Observations on rabies - Number 36
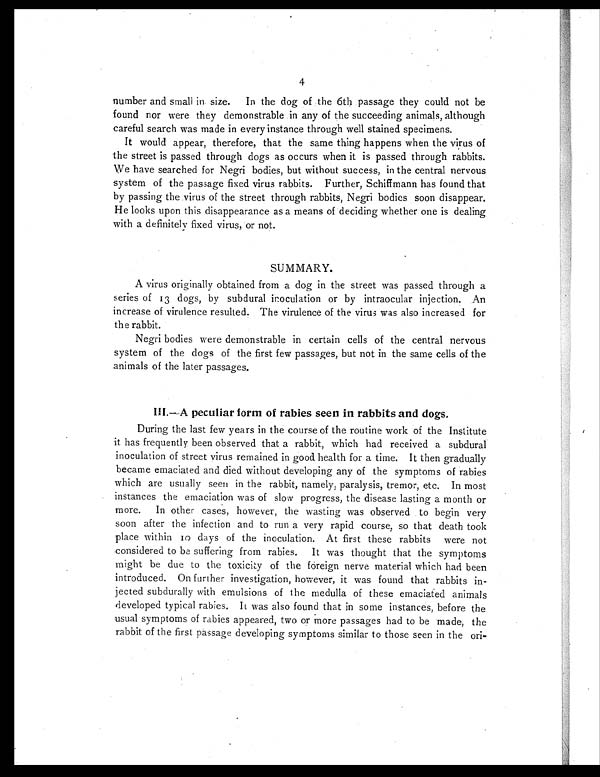
4
number and small in size. In the dog of the 6th passage they could not be
found nor were they demonstrable in any of the succeeding animals, although
careful search was made in every instance through well stained specimens.
It would appear, therefore, that the same thing happens when the virus of
the street is passed through dogs as occurs when it is passed through rabbits.
We have searched for Negri bodies, but without success, in the central nervous
system of the passage fixed virus rabbits. Further, Schiffmann has found that
by passing the virus of the street through rabbits, Negri bodies soon disappear.
He looks upon this disappearance as a means of deciding whether one is dealing
with a definitely fixed virus, or not.
SUMMARY.
A virus originally obtained from a dog in the street was passed through a
series of 13 dogs, by subdural inoculation or by intraocular injection. An
increase of virulence resulted. The virulence of the virus was also increased for
the rabbit.
Negri bodies were demonstrable in certain cells of the central nervous
system of the dogs of the first few passages, but not in the same cells of the
animals of the later passages.
III.— A peculiar form of rabies seen in rabbits and dogs.
During the last few years in the course of the routine work of the Institute
it has frequently been observed that a rabbit, which had received a subdural
inoculation of street virus remained in good health for a time. It then gradually
became emaciated and died without developing any of the symptoms of rabies
which are usually seen in the rabbit, namely, paralysis, tremor, etc. In most
instances the emaciation was of slow progress, the disease lasting a month or
more. In other cases, however, the wasting was observed to begin very
soon after the infection and to run a very rapid course, so that death took
place within 10 days of the inoculation. At first these rabbits were not
considered to be suffering from rabies. It was thought that the symptoms
might be due to the toxicity of the foreign nerve material which had been
introduced. On further investigation, however, it was found that rabbits in-
jected subdurally with emulsions of the medulla of these emaciated animals
developed typical rabies. It was also found that in some instances, before the
usual symptoms of rabies appeared, two or more passages had to be made, the
rabbit of the first passage developing symptoms similar to those seen in the ori-